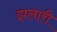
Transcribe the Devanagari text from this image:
झलारी